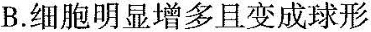
B.细胞明显增多且变成球形